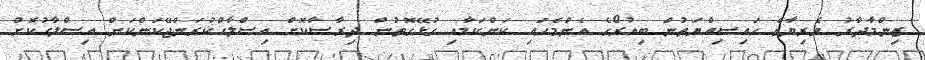
ޒިންމާދާރު ވެރިޔާގެ ހައިސިއްޔަތުން ބިއުރޯގެ އެންމެހައި ކަންކަމާއި ގުޅޭގޮތުން ދިރާސާކޮށް އިސްލާޙްކުރަންޖޭކަންކަން އިސްލާޙުކޮށް